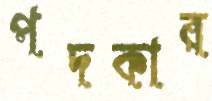
পদকার